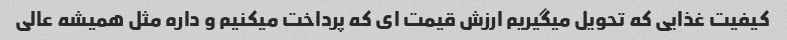
کیفیت غذایی که تحویل میگیریم ارزش قیمت ای که پرداخت میکنیم و داره مثل همیشه عالی